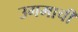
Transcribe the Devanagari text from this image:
उगमाची